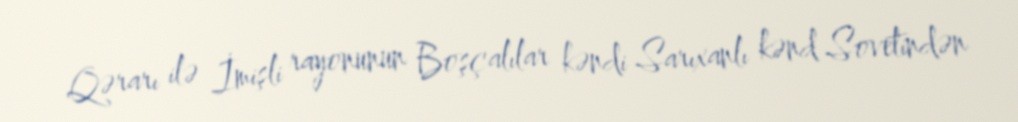
Qərarı ilə İmişli rayonunun Boşçalılar kəndi Sarıxanlı kənd Sovetindən